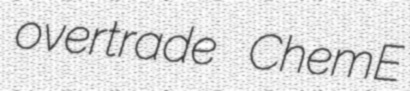
overtrade ChemE